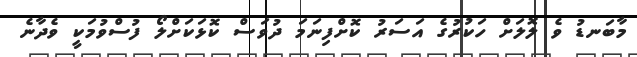
މާބަނޑު ވެ ލޮލަށް ހަކުރުގެ އަސަރު ކޮށްފިނަމަ ދުވަސް ކޮޅަކަށްލޯ ފުސްވުމަކީ ވެދާނެ